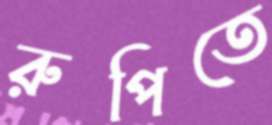
রুপিতে